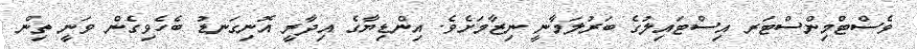
ވެސްޓްމިންސްޓަރ އިސްޓައިލުގެ ބަރުލަމާނީ ނިޒާމަށެވެ. އިންޑިޔާގެ އިދާރީ އޮނިގަނޑު ބެހެވިގެން ވަނީ ތިން